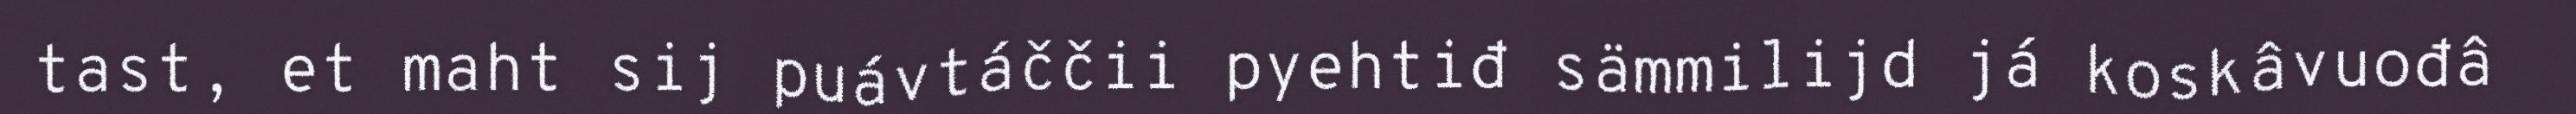
tast, et maht sij puávtáččii pyehtiđ sämmilijd já koskâvuođâ